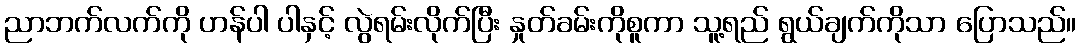
ညာဘက်လက်ကို ဟန်ပါ ပါနှင့် လွဲရမ်းလိုက်ပြီး နှုတ်ခမ်းကိုစူကာ သူ့ရည် ရွယ်ချက်ကိုသာ ပြောသည်။